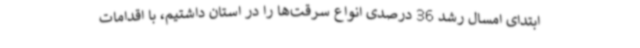
ابتدای امسال رشد 36 درصدی انواع سرقت‌ها را در استان داشتیم، با اقدامات